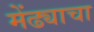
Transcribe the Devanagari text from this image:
मेंढ्याचा